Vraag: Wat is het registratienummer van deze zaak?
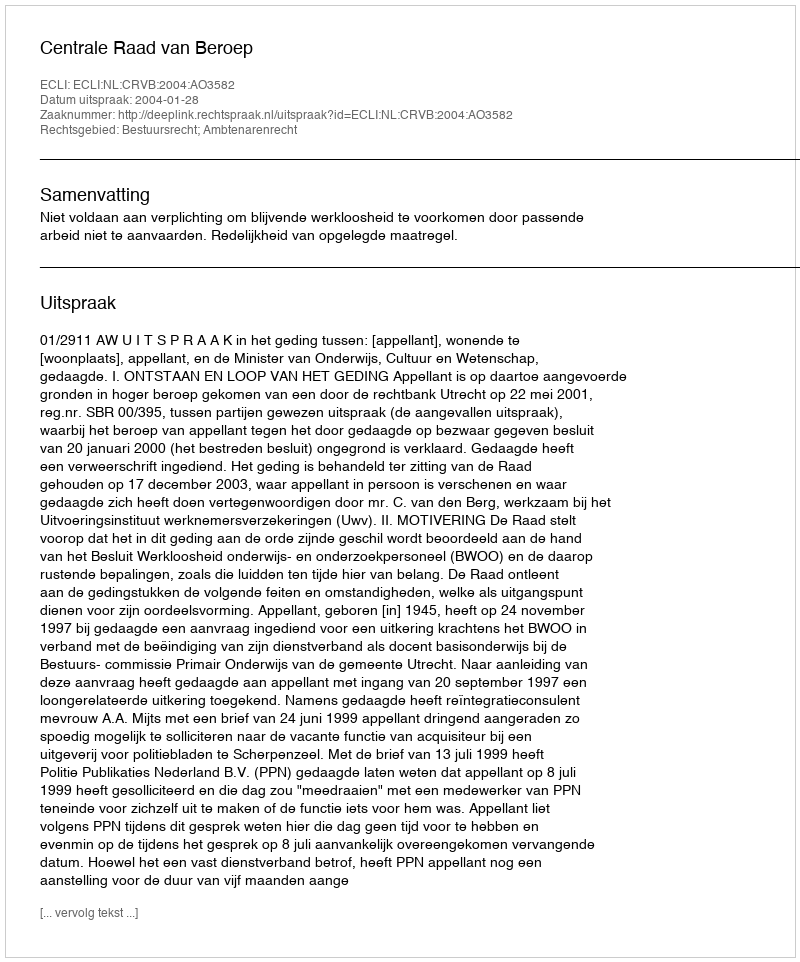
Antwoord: http://deeplink.rechtspraak.nl/uitspraak?id=ECLI:NL:CRVB:2004:AO3582